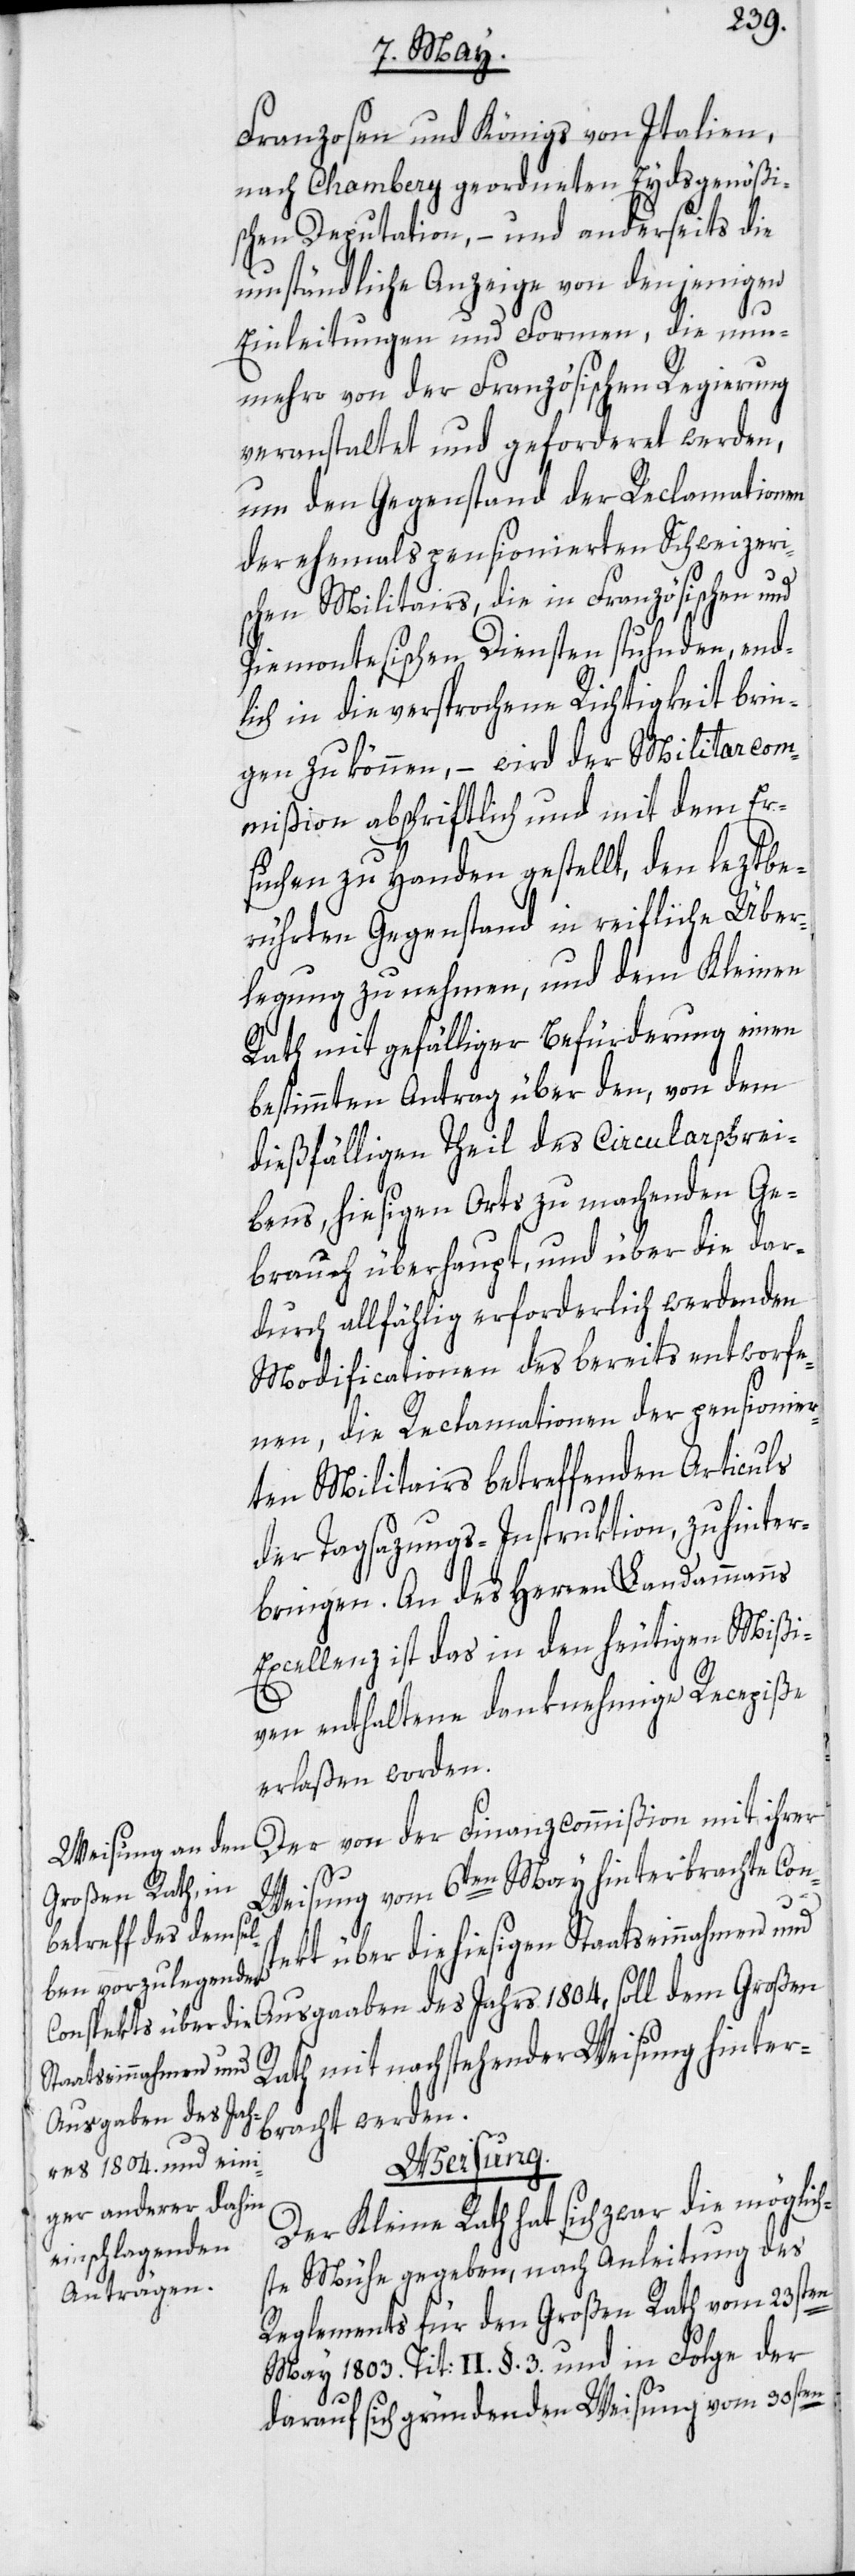
Franzosen und Königs von Italien,
nach Chambery geordneten Eydsgenößi¬
schen Deputation, – und anderseits die
umständliche Anzeige von denjenigen
Einleitungen und Formen, die nun¬
mehro von der Französischen Regierung
veranstaltet und geforderet werden,
um den Gegenstand der Reclamationen
der ehemals pensionierten Schweizeri¬
schen Militairs, die in Französischen und
Piemontesischen Diensten stuhnden, end¬
lich in die versprochene Richtigkeit brin¬
gen zu können, – wird der Militarcom¬
mißion abschriftlich und mit dem Er¬
suchen zu Handen gestellt, den leztbe¬
rührten Gegenstand in reifliche Über¬
legung zu nehmen, und dem Kleinen
Rath mit gefälliger Befürderung einen
bestimmten Antrag über den, von dem
dießfälligen Theil des Circularschrei¬
bens, hiesigen Orts zu machenden Ge¬
brauch überhaupt, und über die dar¬
durch allfählig erforderlich werdenden
Modificationen des bereits entworfe¬
nen, die Reclamationen der pensionier¬
ten Militairs betreffenden Articuls
dem
der Tagsazungs-Instruktion, zu hinter¬
bringen. An des Herren Landammanns
Excellenz ist das in den heutigen Mißi¬
ven enthaltene danknehmige Recepiße
erlaßen worden.
Der von der Finanzcommißion mit ihrer
Weisung vom 6ten May hinterbrachte Con¬
spekt über die hiesigen Staatseinnahmen und
Rath mit nachstehender Weisung hinter¬
Ausgaaben des Jahr¬
bracht werden.
Weisung.
Der Kleine Rath hat sich zwar die möglic¬
hste Mühe gegeben, nach Anleitung des
Reglements für den Großen Rath vom 23sten
May 1803. Tit: II. §. 3. und in Folge der
darauf sich gründenden Weisung vom 30sten